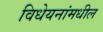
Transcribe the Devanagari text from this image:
विधेयनांमधील